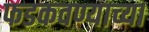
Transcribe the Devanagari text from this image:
फडकवण्याच्या